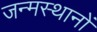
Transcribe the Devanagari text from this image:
जन्मस्थानों